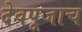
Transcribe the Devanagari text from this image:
देवपूजाच